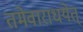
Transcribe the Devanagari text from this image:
तमेवाराधयेत्